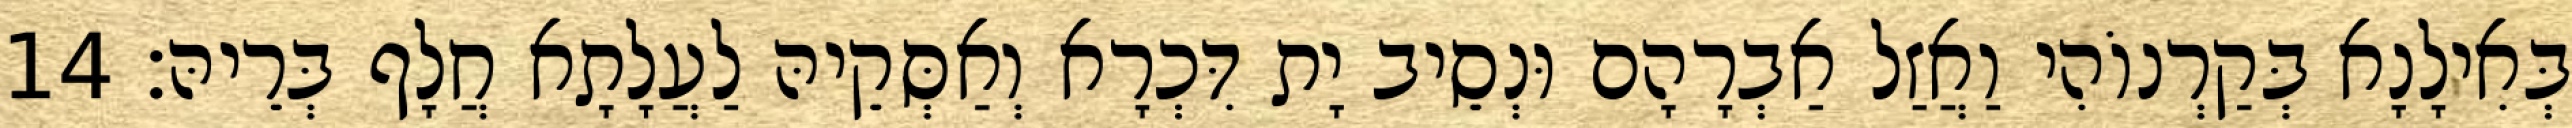
בְּאִילָנָא בְּקַרְנוֹהִי וַאֲזַל אַבְרָהָם וּנְסֵיב יָת דִּכְרָא וְאַסְּקֵיהּ לַעֲלָתָא חֲלָף בְּרֵיהּ׃ 14